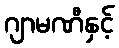
ဂျာမဏီနှင့်